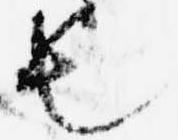
也